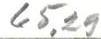
65,29